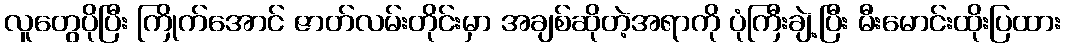
လူတွေပိုပြီး ကြိုက်အောင် ဇာတ်လမ်းတိုင်းမှာ အချစ်ဆိုတဲ့အရာကို ပုံကြီးချဲ့ပြီး မီးမောင်းထိုးပြထား